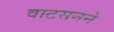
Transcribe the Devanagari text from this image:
वाटसनने